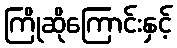
ကြိုဆိုကြောင်းနှင့်